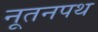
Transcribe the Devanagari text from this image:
नूतनपथ